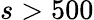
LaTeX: s>500